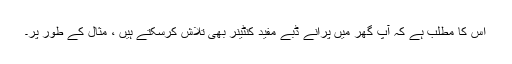
اس کا مطلب ہے کہ آپ گھر میں پرانے ڈبے مفید کنٹینر بھی تلاش کرسکتے ہیں ، مثال کے طور پر۔